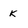
Character: K